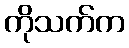
ကိုသက်က